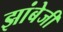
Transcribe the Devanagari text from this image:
झांबेजी